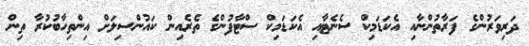
ދަރިވަރުންގެ ފަރާތުންނާއި އެކަޑަމިކް ސެނެޓާއި އެކަޑަމިކް ސްޓާފުންގެ ތެރެއިން ކައުންސިލަށް އިންތިހާބުކުރާ ތިން